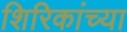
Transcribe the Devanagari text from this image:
शिरिकांच्या